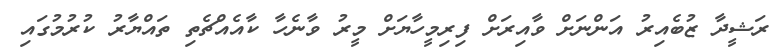
ރަޝީދާ ޒުބެއިރު އަންނަށް ވާއިރަށް ފިރިމީހާޔަށް މީރު ވާނެހާ ކާއެއްޗެތި ތައްޔާރު ކުރުމުގައި